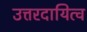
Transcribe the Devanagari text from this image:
उत्तरदायित्व